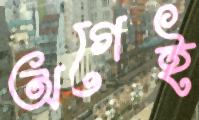
অগেই